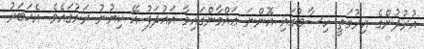
އުރުދުންގެ އިރުމަތީ ހިސާބުގައި އޮންނަ ޢައްމާންގައިވާ އަޣުދަފު އޭ ކިޔުނު ރަށުގައެވެ. އެޚަބަރު